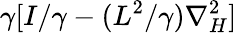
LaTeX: \gamma[I/\gamma-(L^{2}/\gamma)\nabla_{H}^{2}]